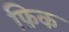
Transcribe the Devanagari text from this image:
फ़िक